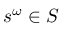
s ^ { \omega } \in S